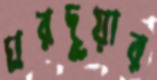
ঘরদুয়ার